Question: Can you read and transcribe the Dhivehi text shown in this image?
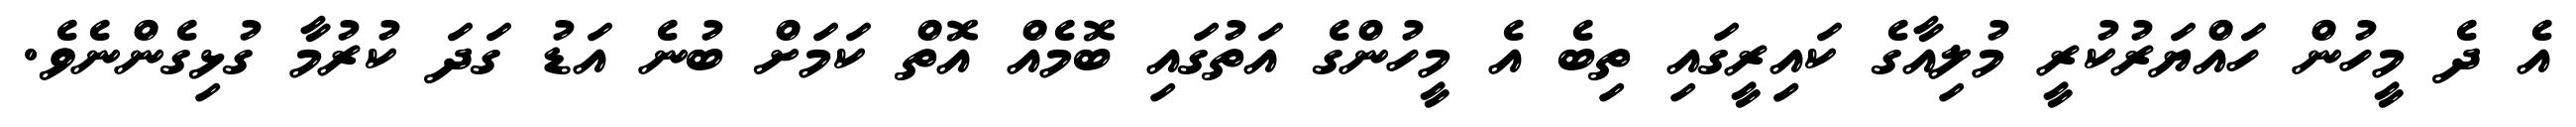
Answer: އެ ދެ މީހުން ހައްޔަރުކުރީ މުލިއާގެ ކައިިރީގައި ތިބެ އެ މީހުންގެ އަތުގައި ބޮމެއް އޮތް ކަމަށް ބުނެ އަޑު ގަދަ ކުރުމާ ގުޅިގެންނެވެ.